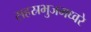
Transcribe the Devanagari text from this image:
सहस्रभुजमध्वरे